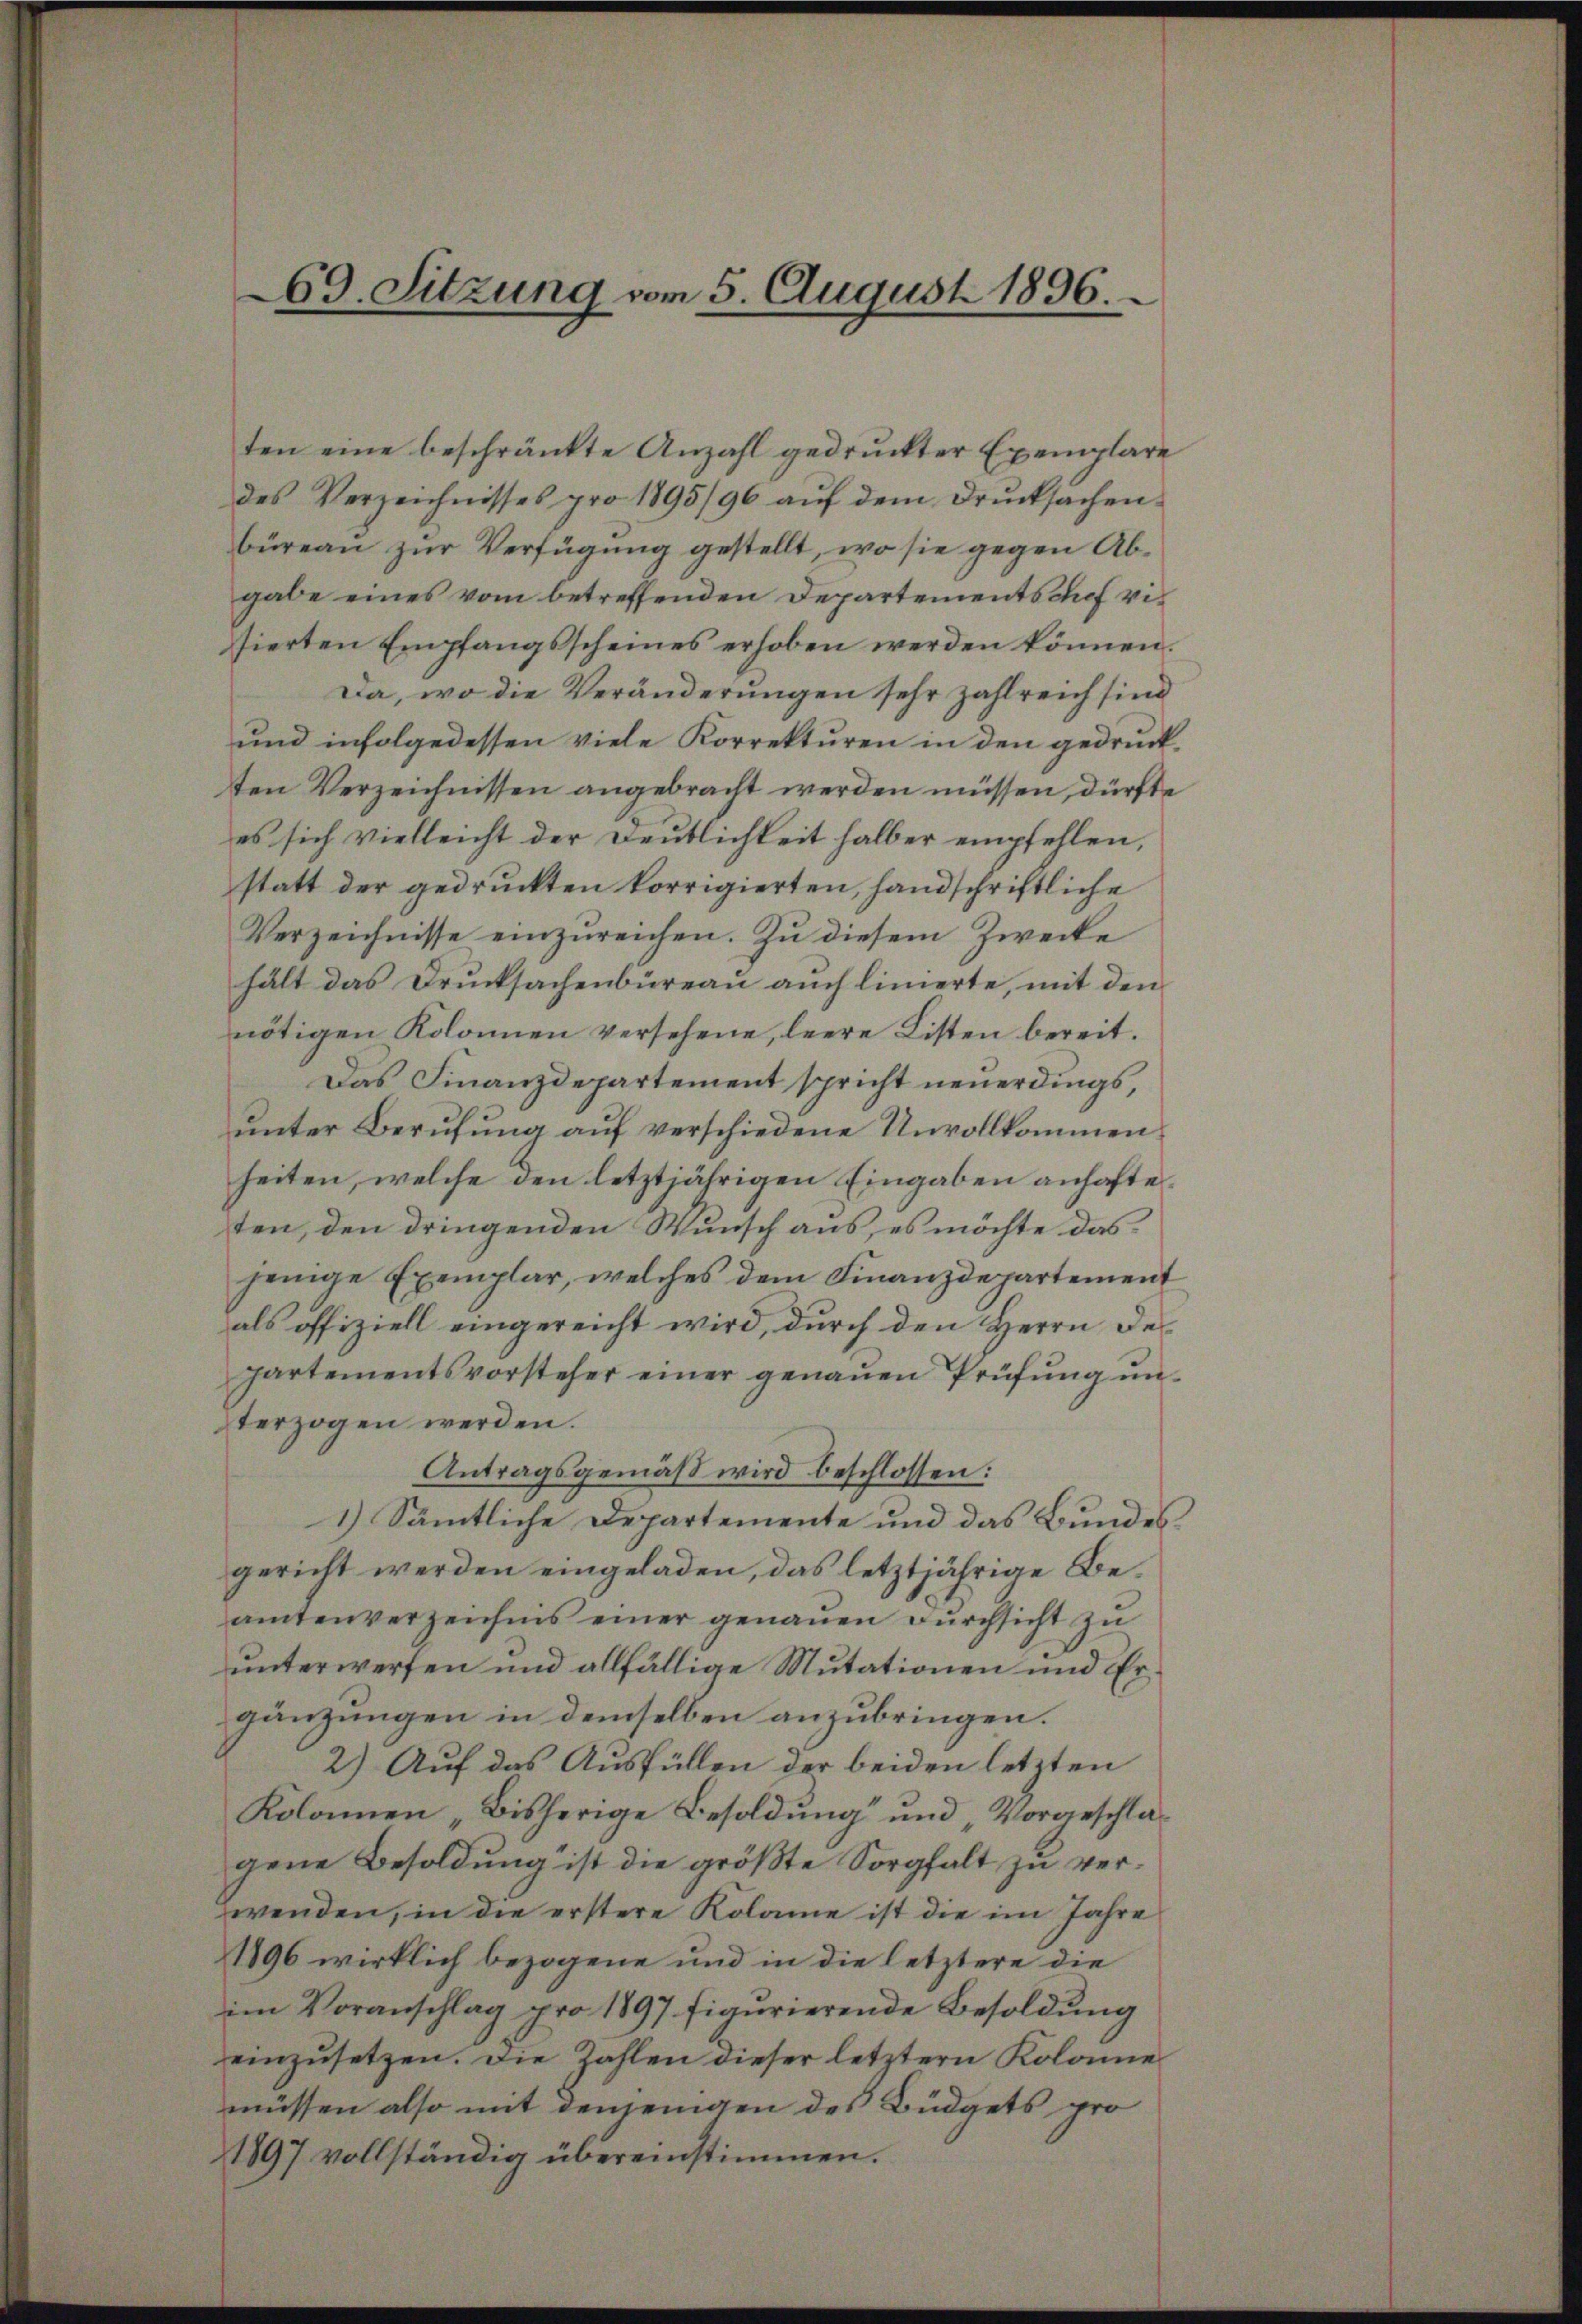
69. Sitzung vom 5. August 1896.

ten eine beschränkte Anzahl gedruckter Exemplare
des Verzeichnisses pro 1895/96 aŭf dem Drŭcksachen
büreaŭ zŭr Verfügung gestellt, wo sie gegen Abgabe eines vom betreffenden Departements auf vie
sierten Empfangsscheines erhoben werden können.
Da, wo die Veränderungen sehr zahlreich sind
und infolgedessen viele Korrektŭren in den gedruck-
ten Verzeichnissen angebracht werden müssen, dürfte
es sich vielleicht der Deutlichkeit halber empfehlen,
statt der gedruckten korrigierten, handschriftliche
Verzeichnisse einzureichen. Zu diesem Zwecke
hält das Drucksachenbüreau auch linierte, mit den
nötigen Kolonnen versehene, leere Listen bereit.
Das Finanzdepartement spricht neuerdings,
unter Berufung auf verschiedene Unvollkommenheiten, welche den letztjährigen Eingaben anhafteten, den dringenden Wunsch aus, es möchte das
jenige Exemplar, welches dem Finanzdepartement
als offiziell eingereicht wird, durch den Herrn Departementsvorsteher einer genaŭen Prüfŭng ŭn-
terzogen werden.
Antragsgemäß wird beschlossen:
1.) Sämtliche Departemente und das Bundes
gericht werden eingeladen, das letztjährige Beamtenverzeichnis einer genaŭen Dŭrchsicht zŭ
unterwerfen und allfällige Mutationen und Ergänzungen in demselben anzubringen.
2.) Auf das Ausfüllen der beiden letzten
Kolamen „Bisherige Besoldung und „Vorgeschlag
gene Besoldung ist die größte Sorgfalt zu verwenden, in die erstere Kolame ist die im Jahre
1896 wirklich bezogene und in die letztere die
im Voranschlag pro 1897 figurierende Besoldung
einzusetzen. Die Zahlen dieser letztern Kolonne
müssen also mit denjenigen des Büdgets pro
1897 vollständig übereinstimmen.